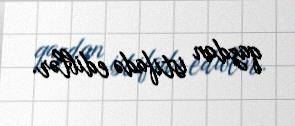
qazdan istifadə ediblər.